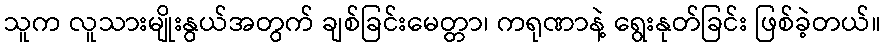
သူက လူသားမျိုးနွယ်အတွက် ချစ်ခြင်းမေတ္တာ၊ ကရုဏာနဲ့ ရွေးနုတ်ခြင်း ဖြစ်ခဲ့တယ်။